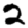
Digit: 2